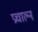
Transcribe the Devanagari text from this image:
प्रचाल्न